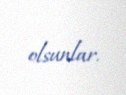
olsunlar.